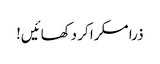
ذرا مسکرا کر دکھائیں!